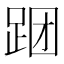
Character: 𲃝